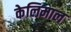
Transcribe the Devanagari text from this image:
केलिमाल